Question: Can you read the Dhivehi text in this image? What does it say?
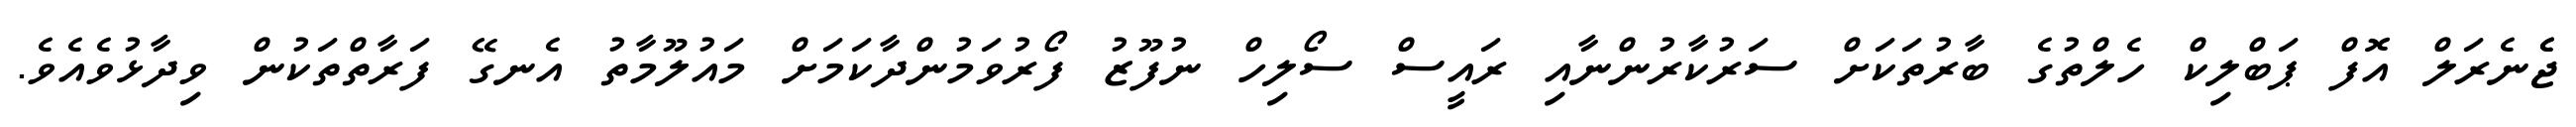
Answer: ޖެެނެރަލް އޮފް ޕަބްލިކް ހެލްތުގެ ބާރުތަކަށް ސަރުކާރުންނާއި ރައީސް ސޯލިހް ނުފޫޒު ފޯރުވަމުންދާކަމަށް މައުލޫމާތު އެނގޭ ފަރާތްތަކުން ވިދާޅުވެއެވެ.